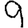
Digit: 9